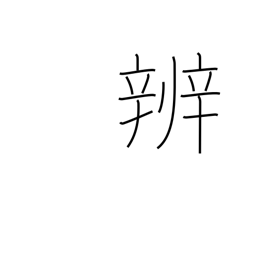
Meaning: discrimination